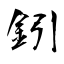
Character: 鈏